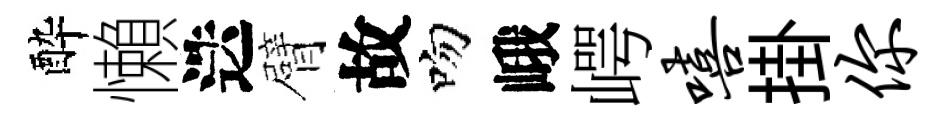
酔懶迭臂故吻峨崿嘻掛你